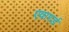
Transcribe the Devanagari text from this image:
एवारर्ड